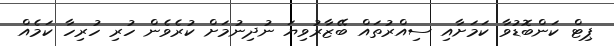
ޕިޓް ކަންބޮޑުވާ ކަމަށާއި ސިއްރުތައް ބޭޒާރުވިޔަ ނުދިނުމަށް ކުރެވެން ހުރި ހުރިހާ ކަމެއް